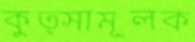
কুত্সামূলক